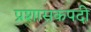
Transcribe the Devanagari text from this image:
प्रशासकपदी